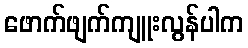
ဖောက်ဖျက်ကျူးလွန်ပါက